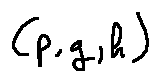
( p , g , h )